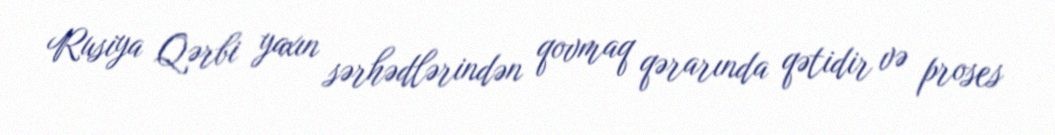
Rusiya Qərbi yaxın sərhədlərindən qovmaq qərarında qətidir və proses